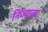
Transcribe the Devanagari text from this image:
निज्वाळा